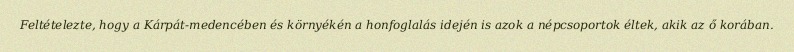
Feltételezte, hogy a Kárpát-medencében és környékén a honfoglalás idején is azok a népcsoportok éltek, akik az ő korában.